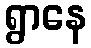
ရွာနေ